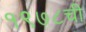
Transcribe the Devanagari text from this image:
१९७८ची